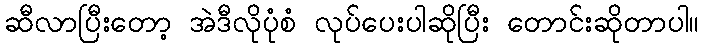
ဆီလာပြီးတော့ အဲဒီလိုပုံစံ လုပ်ပေးပါဆိုပြီး တောင်းဆိုတာပါ။